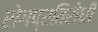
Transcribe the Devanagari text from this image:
रोगप्रतिरोधी